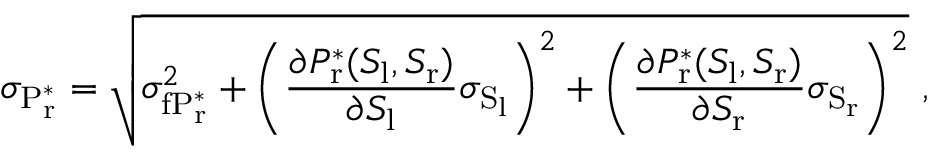
\sigma _ { \mathrm { P _ { r } ^ { * } } } = \sqrt { \sigma _ { \mathrm { f P _ { r } ^ { * } } } ^ { 2 } + \left( \frac { \partial P _ { \mathrm { r } } ^ { * } ( S _ { \mathrm { l } } , S _ { \mathrm { r } } ) } { \partial S _ { \mathrm { l } } } \sigma _ { \mathrm { S _ { l } } } \right) ^ { 2 } + \left( \frac { \partial P _ { \mathrm { r } } ^ { * } ( S _ { \mathrm { l } } , S _ { \mathrm { r } } ) } { \partial S _ { \mathrm { r } } } \sigma _ { \mathrm { S _ { r } } } \right) ^ { 2 } } \ ,